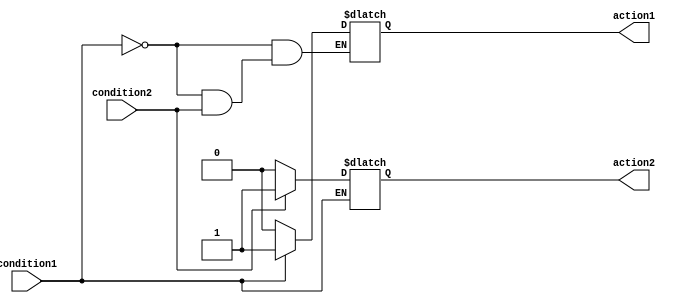
module if_else_block (
    input condition1,
    input condition2,
    output reg action1,
    output reg action2
);

always @(*) begin
    if (condition1) begin
        action1 = 1'b1; // Perform action1 if condition1 is true
    end else if (condition2) begin
        action2 = 1'b1; // Perform action2 if condition2 is true
    end else begin
        action1 = 1'b0; // Perform default action for condition1 if neither condition is true
        action2 = 1'b0; // Perform default action for condition2 if neither condition is true
    end
end

endmodule